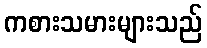
ကစားသမားများသည်